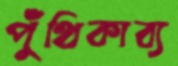
পুঁথিকাব্য